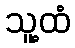
သူ့ထံ